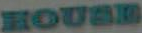
HOUSE